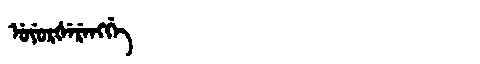
Manchu: ᡠᠶᡠᡵᡧᡝᡵᡝᠩᡤᡝ
Romanization: UYURŠERENGGE